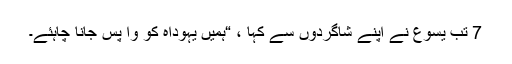
7 تب یسوع نے اپنے شاگردوں سے کہا ، “ہمیں یہوداہ کو وا پس جانا چاہئے۔